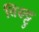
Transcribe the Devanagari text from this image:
तिरूट्टु